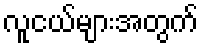
လူငယ်များအတွက်